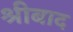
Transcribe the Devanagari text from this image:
श्रीबाद